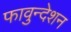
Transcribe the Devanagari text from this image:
फावुन्देशन